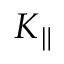
K _ { \parallel }